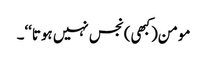
مومن(کبھی) نجس نہیں ہوتا‘‘۔